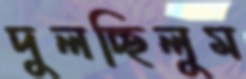
দুলচ্ছিলুম